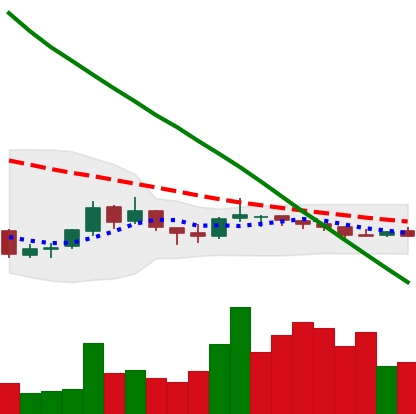
Ticker: NEO-USD
Chart end date: 2018-10-06
Forward return: -13.199%
Label: down_7plus